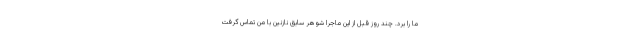
ما را برد. چند روز قبل از این ماجرا شوهر سابق نازنین با من تماس گرفت